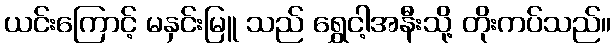
ယင်းကြောင့် မနှင်းမြူ သည် ရွှေငါ့အနီးသို့ တိုးကပ်သည်။